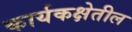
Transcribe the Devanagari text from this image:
कार्यकक्षेतील